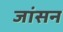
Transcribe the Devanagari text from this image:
जांसन